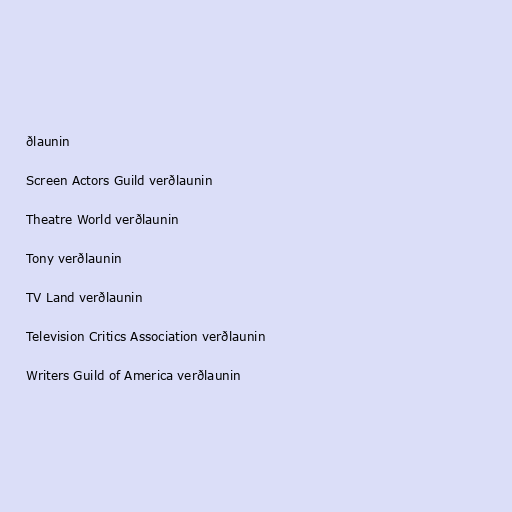
ðlaunin

Screen Actors Guild verðlaunin

Theatre World verðlaunin

Tony verðlaunin

TV Land verðlaunin

Television Critics Association verðlaunin

Writers Guild of America verðlaunin